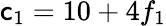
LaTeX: \mathsf{c}_{1}=10+4f_{1}